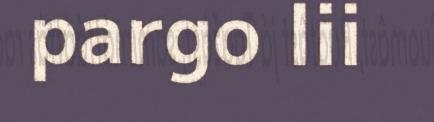
pargo lii